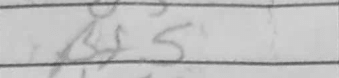
Transcription: Bf5